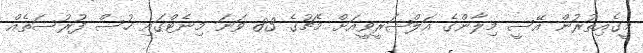
މީގެއިތުރުން އޭސީ މިލާންގެ އަލްޝަރީވީއަށް މެޗުގެ 83 ވަނަ މިނެޓްގައި ހުސް ފުރުސަތެއް